Annual returns of the Patna Lunatic Asylum at Bankipore in Bihar and Orissa - 1912-1924
Year: 1912
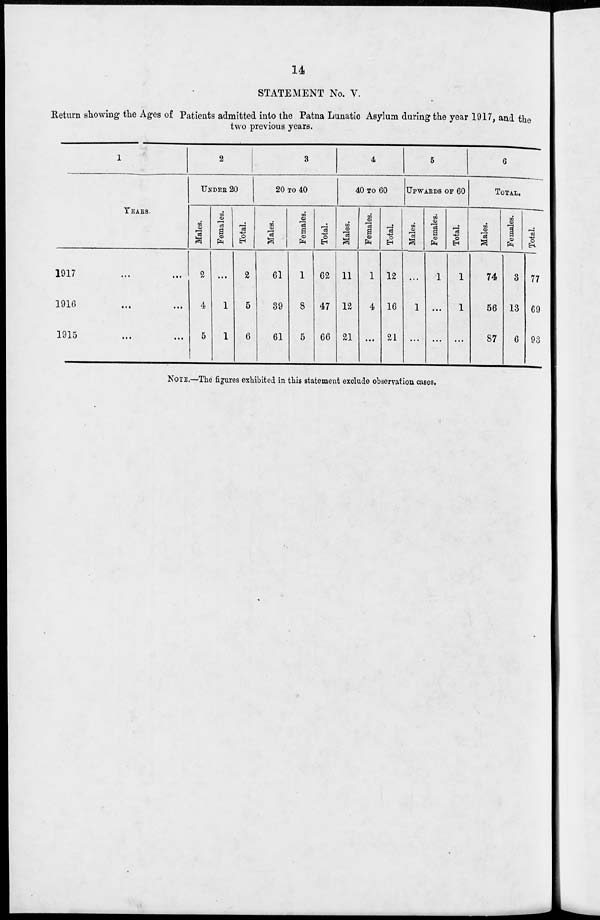
14
STATEMENT No. V.
Return showing the Ages of Patients admitted into the Patna Lunatic Asylum during the year 1917, and the
two previous years.
1
YEARS.
1917 ... ...
1916
...
...
1915
...
...
2
UNDER 20
Males.
2
4
5
Females.
...
1
1
Total.
2
5
6
3
20 TO 40
Males.
61
39
61
Females.
1
8
5
Total.
62
47
66
4
40 TO 60
Males.
11
12
21
Females.
1
4
..
Total
12
16
21
5
UPWARDS OF 60
Males.
...
1
...
Females.
1
...
...
Total.
1
1
...
6
TOTAL.
Males.
74
56
87
Females.
3
13
6
Total.
77
69
93
NOTE.—The figures exhibited in this statement exclude observation cases.